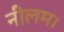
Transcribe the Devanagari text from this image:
नीलम।